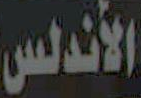
الأندلس